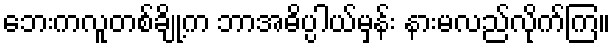
ဘေးကလူတစ်ချို့က ဘာအဓိပ္ပါယ်မှန်း နားမလည်လိုက်ကြ။